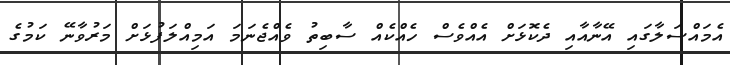
އެމައްސަލާގައި އޭނާއާއި ދެކޮޅަށް އެއްވެސް ހެއްކެއް ސާބިތު ވެއްޖެނަމަ އަމިއްލަފުޅަށް މަރުވާނޭ ކަމުގެ